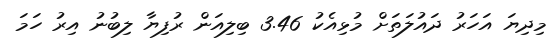
މިދިޔަ އަހަރު ދައުލަތަށް މުޅިއެކު 3.46 ބިލިއަން ރުފިޔާ ލިބުނު އިރު ހަމަ